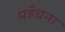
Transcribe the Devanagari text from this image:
पहँचना